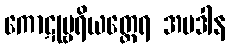
ကောဋုမ္ဗရိယတ္ထေရ အပဒါန